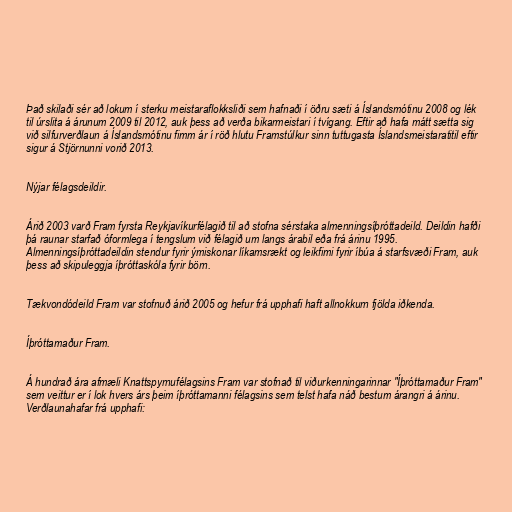
Það skilaði sér að lokum í sterku meistaraflokksliði sem hafnaði í öðru sæti á Íslandsmótinu 2008 og lék
til úrslita á árunum 2009 til 2012, auk þess að verða bikarmeistari í tvígang. Eftir að hafa mátt sætta sig
við silfurverðlaun á Íslandsmótinu fimm ár í röð hlutu Framstúlkur sinn tuttugasta Íslandsmeistaratitil eftir
sigur á Stjörnunni vorið 2013.

Nýjar félagsdeildir.

Árið 2003 varð Fram fyrsta Reykjavíkurfélagið til að stofna sérstaka almenningsíþróttadeild. Deildin hafði
þá raunar starfað óformlega í tengslum við félagið um langs árabil eða frá árinu 1995.
Almenningsíþróttadeildin stendur fyrir ýmiskonar líkamsrækt og leikfimi fyrir íbúa á starfsvæði Fram, auk
þess að skipuleggja íþróttaskóla fyrir börn.

Tækvondódeild Fram var stofnuð árið 2005 og hefur frá upphafi haft allnokkurn fjölda iðkenda.

Íþróttamaður Fram.

Á hundrað ára afmæli Knattspyrnufélagsins Fram var stofnað til viðurkenningarinnar "Íþróttamaður Fram"
sem veittur er í lok hvers árs þeim íþróttamanni félagsins sem telst hafa náð bestum árangri á árinu.
Verðlaunahafar frá upphafi: